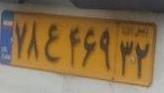
۷۸ع۴۶۹۳۲